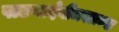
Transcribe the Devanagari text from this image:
पाटणादेवीजवळच्या